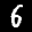
Label: 6